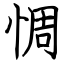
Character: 惆